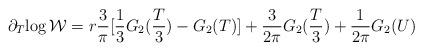
LaTeX: \begin{align*}\partial_{T}{\log \cal W} = r \frac{3}{\pi}[\frac{1}{3} G_{2}(\frac{T}{3})- G_2(T)]+\frac{3}{2 \pi}G_{2}(\frac{T}{3}) + \frac{1}{2 \pi}G_{2}(U)\end{align*}